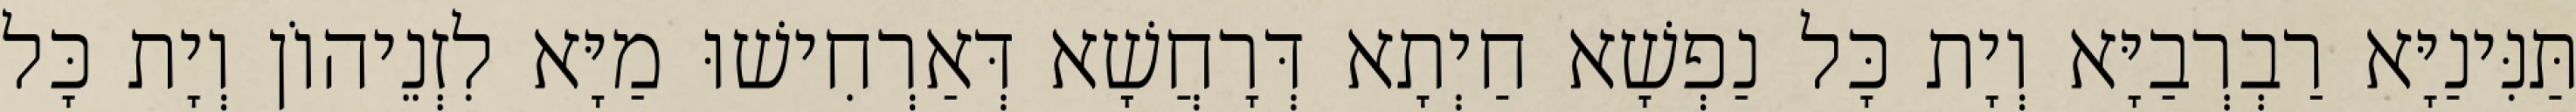
תַּנִּינַיָּא רַבְרְבַיָּא וְיָת כָּל נַפְשָׁא חַיְתָא דְּרָחֲשָׁא דְּאַרְחִישׁוּ מַיָּא לִזְנֵיהוֹן וְיָת כָּל